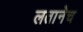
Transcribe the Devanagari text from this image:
लतानेच